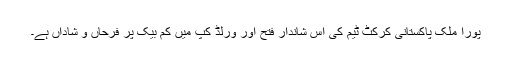
پورا ملک پاکستانی کرکٹ ٹیم کی اس شاندار فتح اور ورلڈ کپ میں کم بیک پر فرحاں و شاداں ہے۔